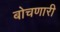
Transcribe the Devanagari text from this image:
बोचणारी